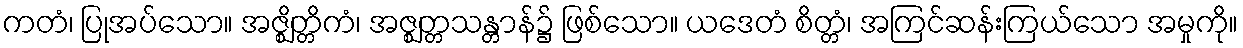
ကတံ၊ ပြုအပ်သော။ အဇ္ဈိတ္တိကံ၊ အဇ္ဈတ္တသန္တာန်၌ ဖြစ်သော။ ယဒေတံ စိတ္တံ၊ အကြင်ဆန်းကြယ်သော အမှုကို။